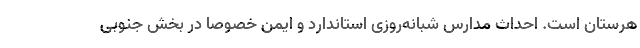
هرستان است. احداث مدارس شبانه‌روزی استاندارد و ایمن خصوصا در بخش جنوبی